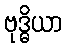
ဗုဒ္ဓိယာ